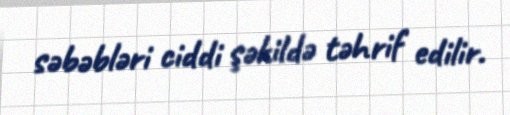
səbəbləri ciddi şəkildə təhrif edilir.